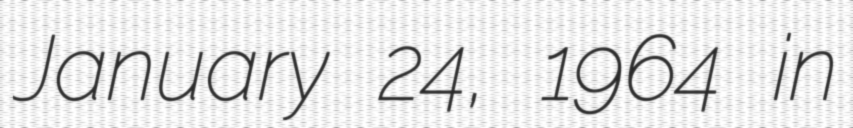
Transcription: January 24, 1964 in